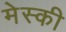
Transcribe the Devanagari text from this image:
मेस्की